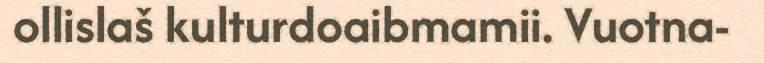
ollislaš kulturdoaibmamii. Vuotna-